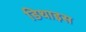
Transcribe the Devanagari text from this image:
डिथाइस